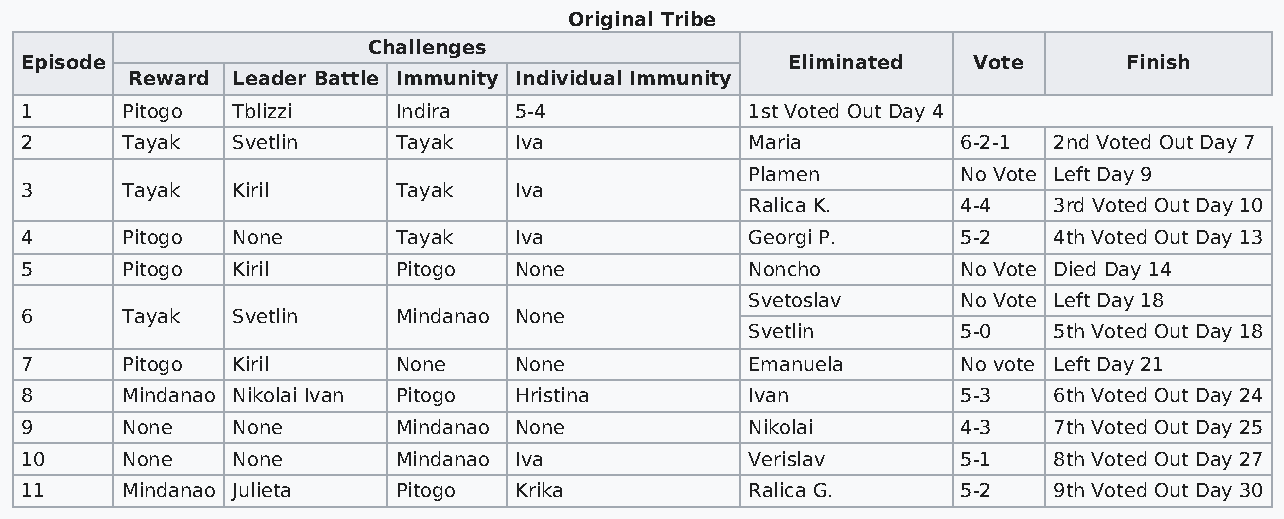
Original Tribe
 Challenges
 Episode                                            Eliminated  Vote       Finish
 Reward Leader Battle Immunity Individual Immunity
 1      Pitogo Tblizzi    Indira  5-4             1st Voted Out Day 4
 2      Tayak  Svetlin    Tayak   Iva             Maria         6-2-1 2nd Voted Out Day 7
 Plamen        No Vote Left Day 9
 3      Tayak  Kiril      Tayak   Iva
 Ralica K.     4-4   3rd Voted Out Day 10
 4      Pitogo None       Tayak   Iva             Georgi P.     5-2   4th Voted Out Day 13
 5      Pitogo Kiril      Pitogo  None            Noncho        No Vote Died Day 14
 Svetoslav     No Vote Left Day 18
 6      Tayak  Svetlin    Mindanao None
 Svetlin       5-0   5th Voted Out Day 18
 7      Pitogo Kiril      None    None            Emanuela      No vote Left Day 21
 8      Mindanao Nikolai Ivan Pitogo Hristina     Ivan          5-3   6th Voted Out Day 24
 9      None   None       Mindanao None           Nikolai       4-3   7th Voted Out Day 25
 10     None   None       Mindanao Iva            Verislav      5-1   8th Voted Out Day 27
 11     Mindanao Julieta  Pitogo  Krika           Ralica G.     5-2   9th Voted Out Day 30